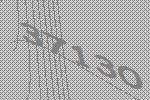
37130